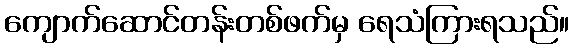
ကျောက်ဆောင်တန်းတစ်ဖက်မှ ရေသံကြားရသည်။